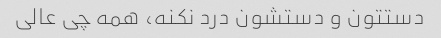
دستتون و دستشون درد نکنه، همه چی عالی